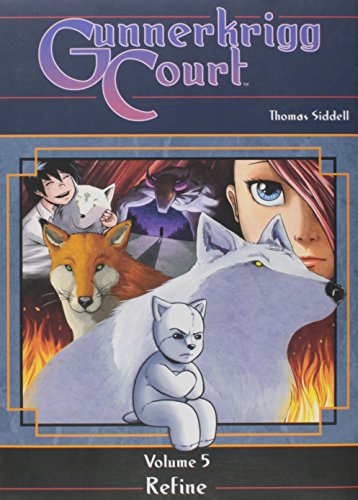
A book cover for Gunnerkrigg Court Vol. 5 Refine; Thomas Siddell; Comics & Graphic Novels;